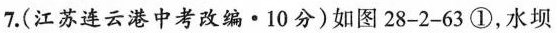
7.(江苏连云港中考改编·10分)如图28-2-63①，水坝